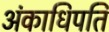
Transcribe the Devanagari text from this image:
अंकाधिपति